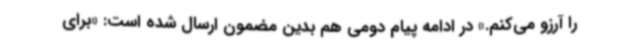
را آرزو می‌کنم.» در ادامه پیام دومی هم بدین مضمون ارسال شده است: «برای